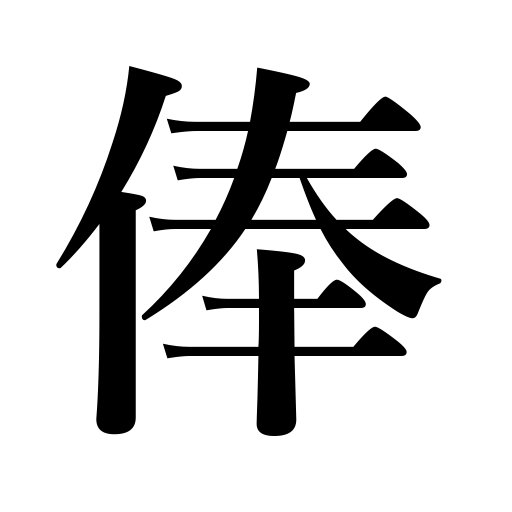
Meanings: salary